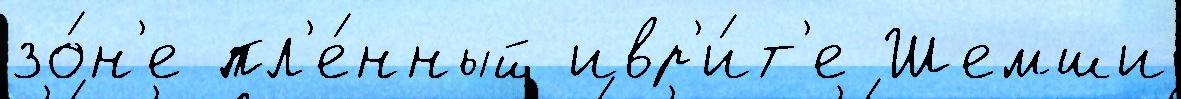
зо́н'е пл'е́нный ивр'и́т'е Шемши